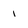
Character: I